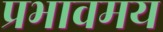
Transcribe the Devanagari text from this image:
प्रभावमय